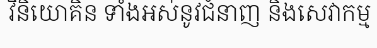
វិនិយោគិន ទាំងអស់នូវជំនាញ និងសេវាកម្ម